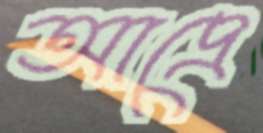
আদ্রে